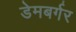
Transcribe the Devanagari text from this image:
डेमबर्गर